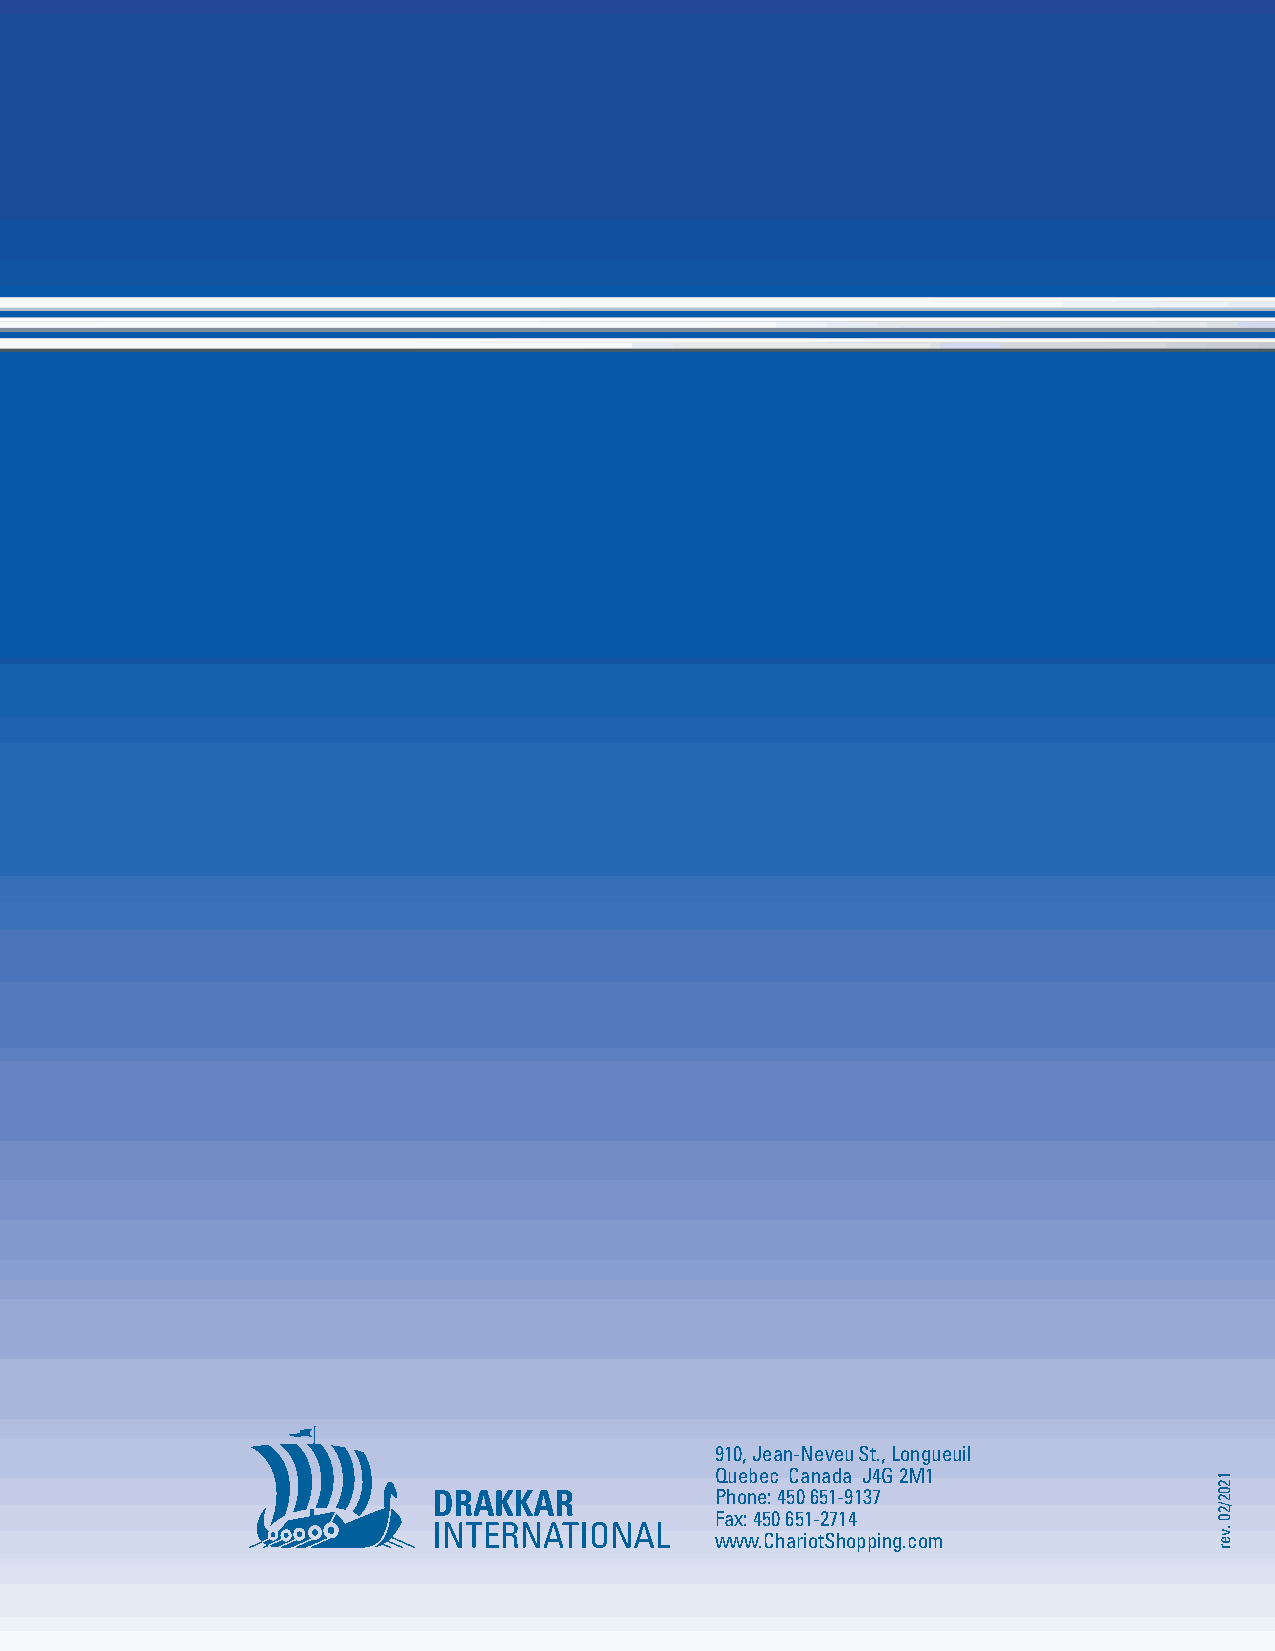
MATERIAL                HANDLING                EQUIPMENT
 AND        SHOPPING                CARTS
 2021
 910, Jean-Neveu St., Longueuil
 Quebec Canada J4G 2M1
 Phone: 450 651-9137
 Fax: 450 651-2714
 www.ChariotShopping.com
 1202/20
 .ver